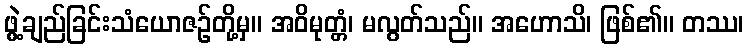
ဖွဲ့ချည်ခြင်းသံယောဇဉ်တို့မှ။ အဝိမုတ္တံ၊ မလွတ်သည်။ အဟောသိ၊ ဖြစ်၏။ တဿ၊